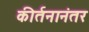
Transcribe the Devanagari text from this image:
कीर्तनानंतर